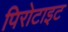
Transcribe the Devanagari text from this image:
पिरोटाइट